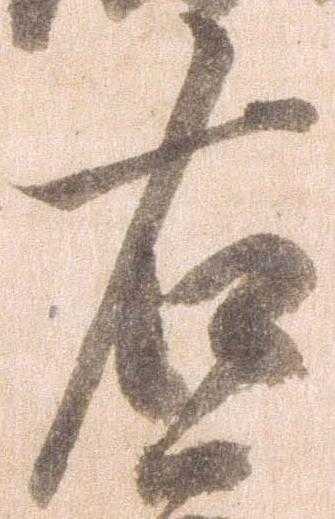
右